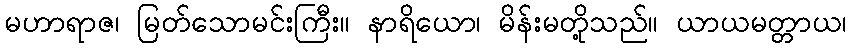
မဟာရာဇ၊ မြတ်သောမင်းကြီး။ နာရိယော၊ မိန်းမတို့သည်။ ယာယမတ္တာယ၊